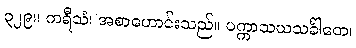
၃၂၉။ ကရီသံ၊ အစာဟောင်းသည်။ ပက္ကာသယသင်္ခါတေ၊